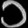
Digit: ၁